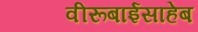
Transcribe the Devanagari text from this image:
वीरूबाईसाहेब